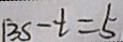
1 3 s - t = 5